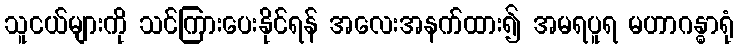
သူငယ်များကို သင်ကြားပေးနိုင်ရန် အလေးအနက်ထား၍ အမရပူရ မဟာဂန္ဓာရုံ